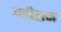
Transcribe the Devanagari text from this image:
ग्‍लीसन